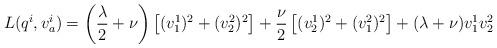
LaTeX: \begin{align*}L(q^i,v^i_a)= \left(\frac{\lambda}{2}+\nu \right)\left[(v^1_1)^2+(v^2_2)^2\right]+\frac{\nu}{2}\left[(v^1_2)^2+(v^2_1)^2\right]+(\lambda+\nu)v^1_1v^2_2\end{align*}